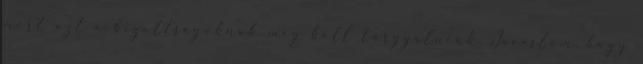
mert azt a bizottságoknak meg kell tárgyalniuk. Javaslom, hogy